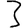
Digit: 3